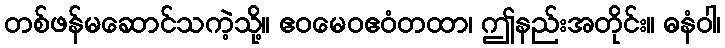
တစ်ဖန်မဆောင်သကဲ့သို့။ ဧဝမေဝဧဝံတထာ၊ ဤနည်းအတိုင်း။ ဓနံဝါ၊